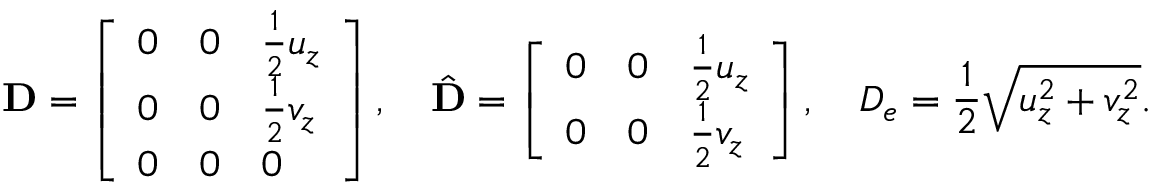
\mathbf { D } = \left[ \begin{array} { l l l } { 0 } & { 0 } & { \frac 1 2 u _ { z } } \\ { 0 } & { 0 } & { \frac 1 2 v _ { z } } \\ { 0 } & { 0 } & { 0 } \end{array} \right] , \quad \hat { \mathbf { D } } = \left[ \begin{array} { l l l } { 0 } & { 0 } & { \frac 1 2 u _ { z } } \\ { 0 } & { 0 } & { \frac 1 2 v _ { z } } \end{array} \right] , \quad D _ { e } = \frac { 1 } { 2 } \sqrt { u _ { z } ^ { 2 } + v _ { z } ^ { 2 } } .